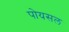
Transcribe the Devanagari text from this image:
पोयसल